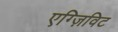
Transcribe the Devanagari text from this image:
एग्ज़िविट